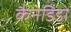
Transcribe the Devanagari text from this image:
कैनडिडो